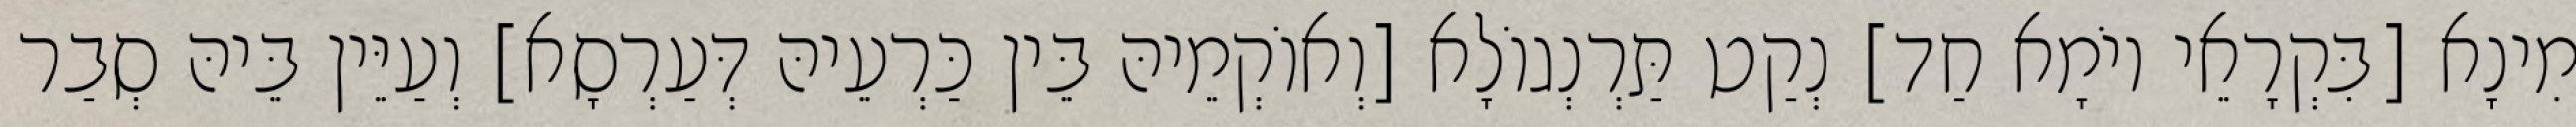
מִינָא [בִּקְרָאֵי יוֹמָא חַד] נְקַט תַּרְנְגוֹלָא [וְאוֹקְמֵיהּ בֵּין כַּרְעֵיהּ דְּעַרְסָא] וְעַיֵּין בֵּיהּ סְבַר